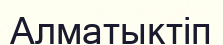
Алматыктіп